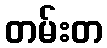
တမ်းတ